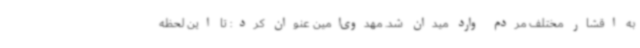
به اقشار مختلف مردم وارد میدان شد. مهدوی‌امین عنوان کرد: تا این لحظه